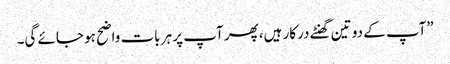
”آپ کے دو تین گھنٹے درکار ہیں، پھر آپ پر ہر بات واضح ہو جائے گی۔